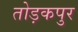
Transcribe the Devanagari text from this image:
तोड़कपुर